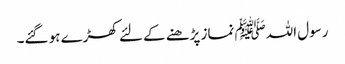
رسول اللہﷺ نماز پڑھنے کے لئے کھڑے ہو گئے۔